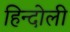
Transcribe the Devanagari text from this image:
हिन्दोली